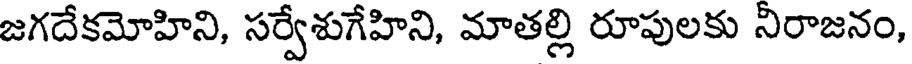
జగదేకమోహిని, సర్వేశుగేహిని, మాతల్లి రూపులకు నిరాజనం,